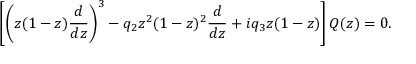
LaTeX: \left[ \left( z ( 1 - z ) { \frac { d } { d z } } \right) ^ { 3 } - q _ { 2 } z ^ { 2 } ( 1 - z ) ^ { 2 } { \frac { d } { d z } } + i q _ { 3 } z ( 1 - z ) \right] Q ( z ) = 0 .